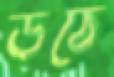
উঠে